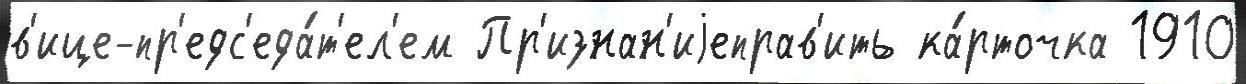
в'ице-пр'едс'еда́т'ел'ем Пр'изнан'иjеправ'ить ка́рточка 1910